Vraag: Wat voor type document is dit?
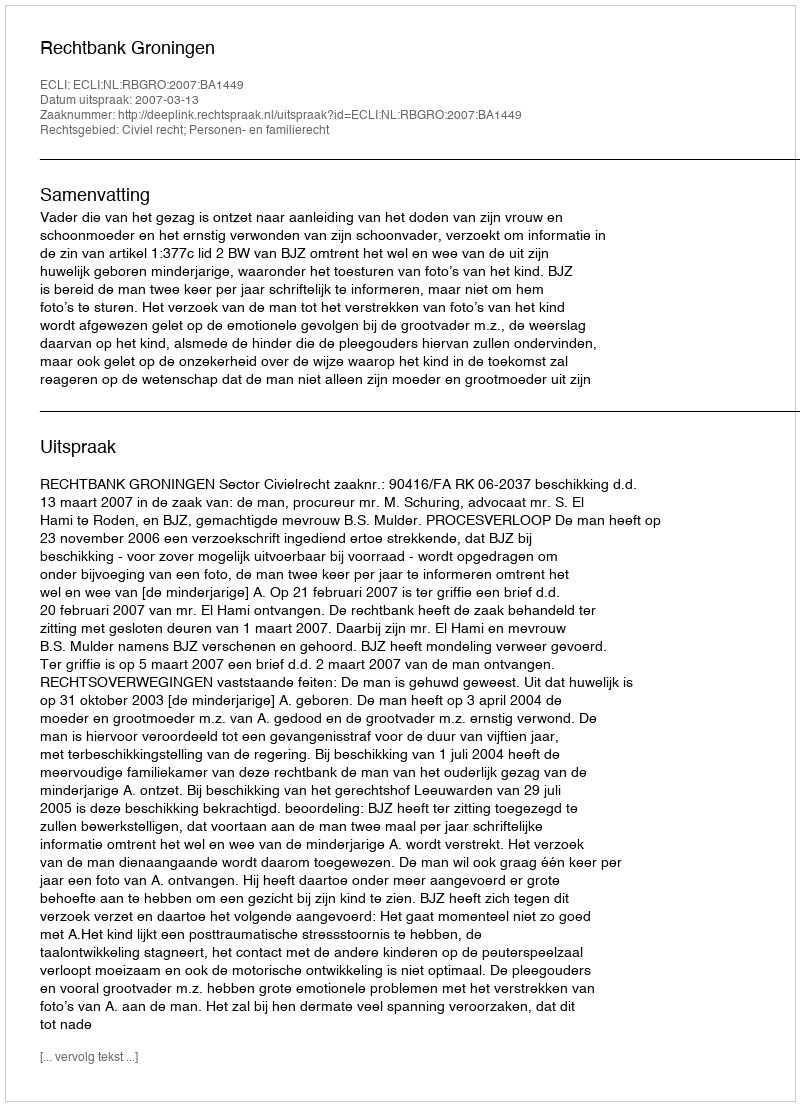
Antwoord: Uitspraak